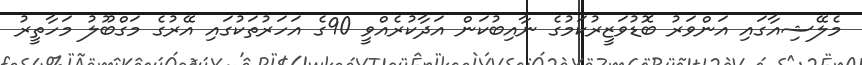
މެލޭޝިއާގައި އަންވަރު ބޮޑުވަޒީރުކަމުގެ ނާއިބުކަން އަދާކުރެއްވީ 90ގެ އަހަރުތަކުގައި އޭރުގެ މަގްބޫލު މަހާތީރު